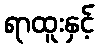
ရာထူးနှင့်